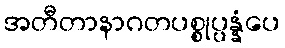
အတီတာနာဂတပစ္စုပ္ပန္နံပေ